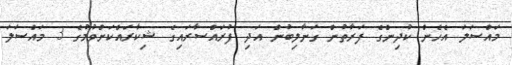
މައްސަލަ އެހެން ކުދިންގެ ފަރާތުން ގަނާލިބުން އަދި ފުރައްސާރައިގެ ޝިކާރައްކަށްވުމުގެ 3 މައްސަލަ